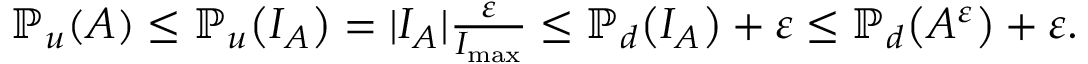
\begin{array} { r } { \mathbb { P } _ { u } \! \left( A \right) \leq \mathbb { P } _ { u } \! \left( I _ { A } \right) = | I _ { A } | \frac { \varepsilon } { I _ { \operatorname* { m a x } } } \leq \mathbb { P } _ { d } \! \left( I _ { A } \right) + \varepsilon \leq \mathbb { P } _ { d } \! \left( A ^ { \varepsilon } \right) + \varepsilon . } \end{array}